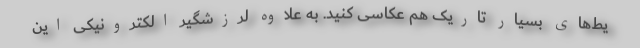
یط‌های بسیار تاریک هم عکاسی کنید. به علاوه لرزشگیر الکترونیکی این